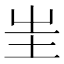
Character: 𡉚